Burma Government Medical School reports 1923-41
Year: 1923
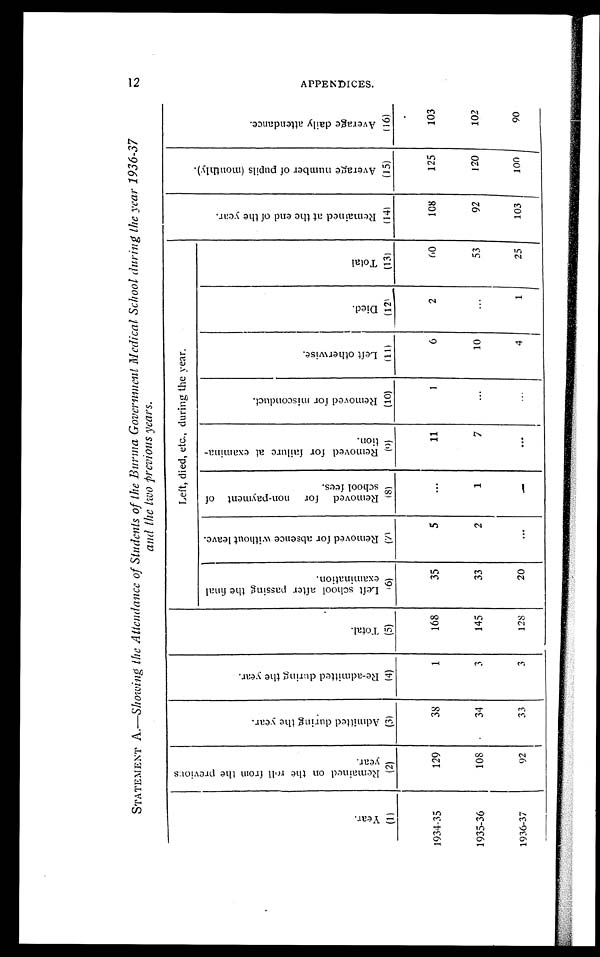
STATEMENT A.— Showing the Attendance of Students of the Burma Government Medical School during the year 1936-37
and the two previous years.
Y e a r .
R e m a i n e d o n t h e r o l l f r o m t h e p r e v i o u s y e a r .
A d m i t t e d d u r i n g t h e y e a r .
R e - a d m i t t e d d u r i n g t h e y e a r .
T o t a l .
Left, died, etc., during the year.
R e m a i n e d a t t h e e n d o f t h e y e a r .
A v e r a g e n u m b e r o f p u p i l ( m o n t h l y ) .
A v e r a g e d a i l y a t t e n d a n c e
L e f t s c h o o l a f t e r p a s s i n g t h e f i n a l e x a m i n a t i o n .
R e m o v e d f o r a b s e n c e w i t h o u t l e a v e .
R e m o v e d f o r n o n - p a y m e n t o f s c h o o l f e e s .
R e m o v e d f o r f a i l u r e a t e x a m i n a t i o n .
R e m o v e d f o r m i s c o n d u c t .
L e f t o t h e r w i s e .
D i e d .
T o t a l .
( 1 )
(2)
(3)
(4)
(5)
(6)
(7)
( 8 )
(9)
(10)
(11)
(12)
(13)
(14)
(15)
(16)
1934-35
129
38
1
168
35
5
11
1
6
2
60
108
125
103
1935-36
108
34
3
145
33
2
1
7
10
53
92
120
102
1936-37
92
33
3
128
20
4
1
25
103
100
90
APPENDICES.